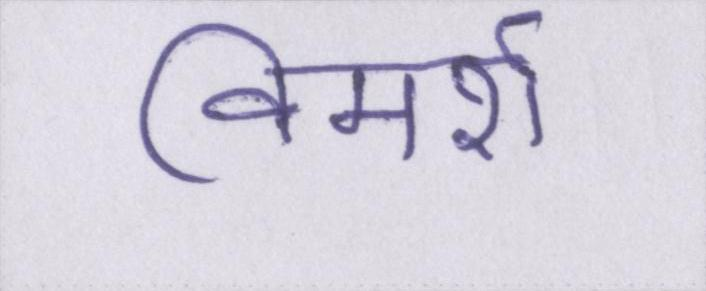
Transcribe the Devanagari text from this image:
विमर्श